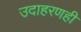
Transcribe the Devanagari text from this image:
उदाहरणही